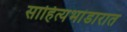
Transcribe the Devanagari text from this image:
साहित्यभांडारात